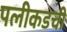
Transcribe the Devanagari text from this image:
पलीकडची